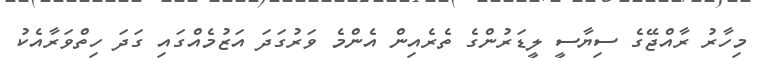
މިހާރު ރާއްޖޭގެ ސިޔާސީ ލީޑަރުންގެ ތެރެއިން އެންމެ ވަރުގަދަ އަޒުމެއްގައި ގަދަ ހިތްވަރާއެކު